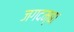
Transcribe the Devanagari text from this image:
जगदम्‍बा